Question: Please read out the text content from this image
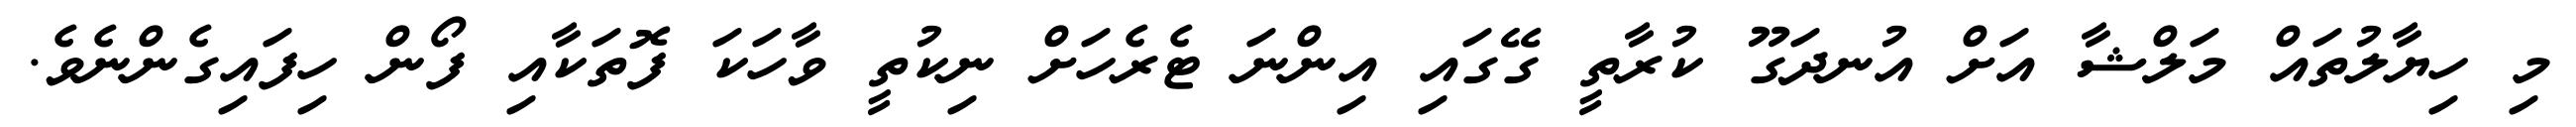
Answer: މި ހިޔާލުތައް މަލްޝާ އަށް އުނދަގޫ ކުރާތީ ގޭގައި އިންނަ ޓެރެހަށް ނިކުތީ ވާހަކަ ފޮތަކާއި ފޯން ހިފައިގެންނެވެ.